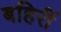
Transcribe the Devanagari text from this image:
बहिरीं